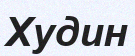
Худин